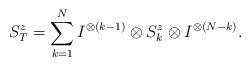
LaTeX: \begin{align*}S_{T}^{z}=\sum_{k=1}^{N}I^{\otimes (k-1)}\otimes S_{k}^{z}\otimes I^{\otimes(N-k)}.\end{align*}